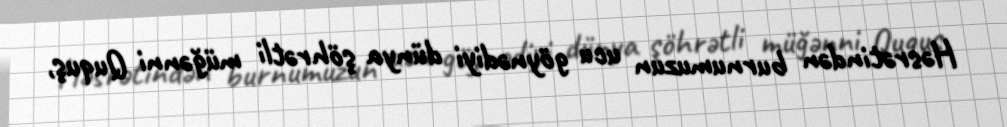
Həsrətindən burnumuzun ucu göynədiyi dünya şöhrətli müğənni Ququş,